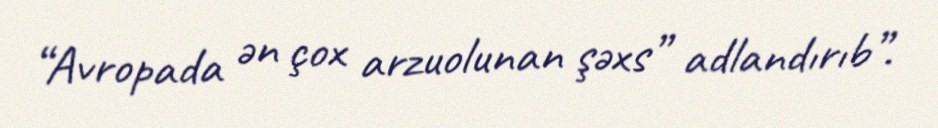
“Avropada ən çox arzuolunan şəxs” adlandırıb”.